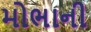
મોભાની